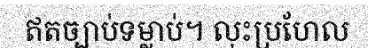
ឥតច្បាប់ទម្លាប់។ លុះប្រហែល